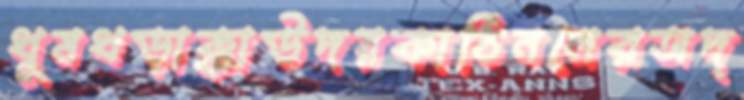
ধুমধড়াক্কাউদয়কাঠিনলেরঅদ্